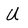
Character: U